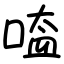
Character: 㗐